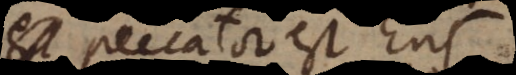
Homo peccator est Ens